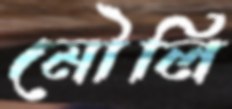
মৌলি